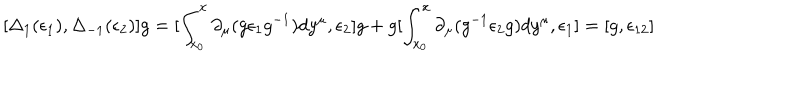
[ \Delta _ { 1 } ( \epsilon _ { 1 } ) , \Delta _ { - 1 } ( \epsilon _ { 2 } ) ] g = [ \int _ { x _ { 0 } } ^ { x } \partial _ { \mu } ( g \epsilon _ { 1 } g ^ { - 1 } ) d y ^ { \mu } , \epsilon _ { 2 } ] g + g [ \int _ { x _ { 0 } } ^ { x } \partial _ { \mu } ( g ^ { - 1 } \epsilon _ { 2 } g ) d y ^ { \mu } , \epsilon _ { 1 } ] = [ g , \epsilon _ { 1 2 } ]